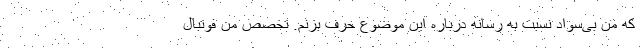
که من بی‌سواد نسبت به رسانه درباره این موضوع حرف بزنم. تخصص من فوتبال